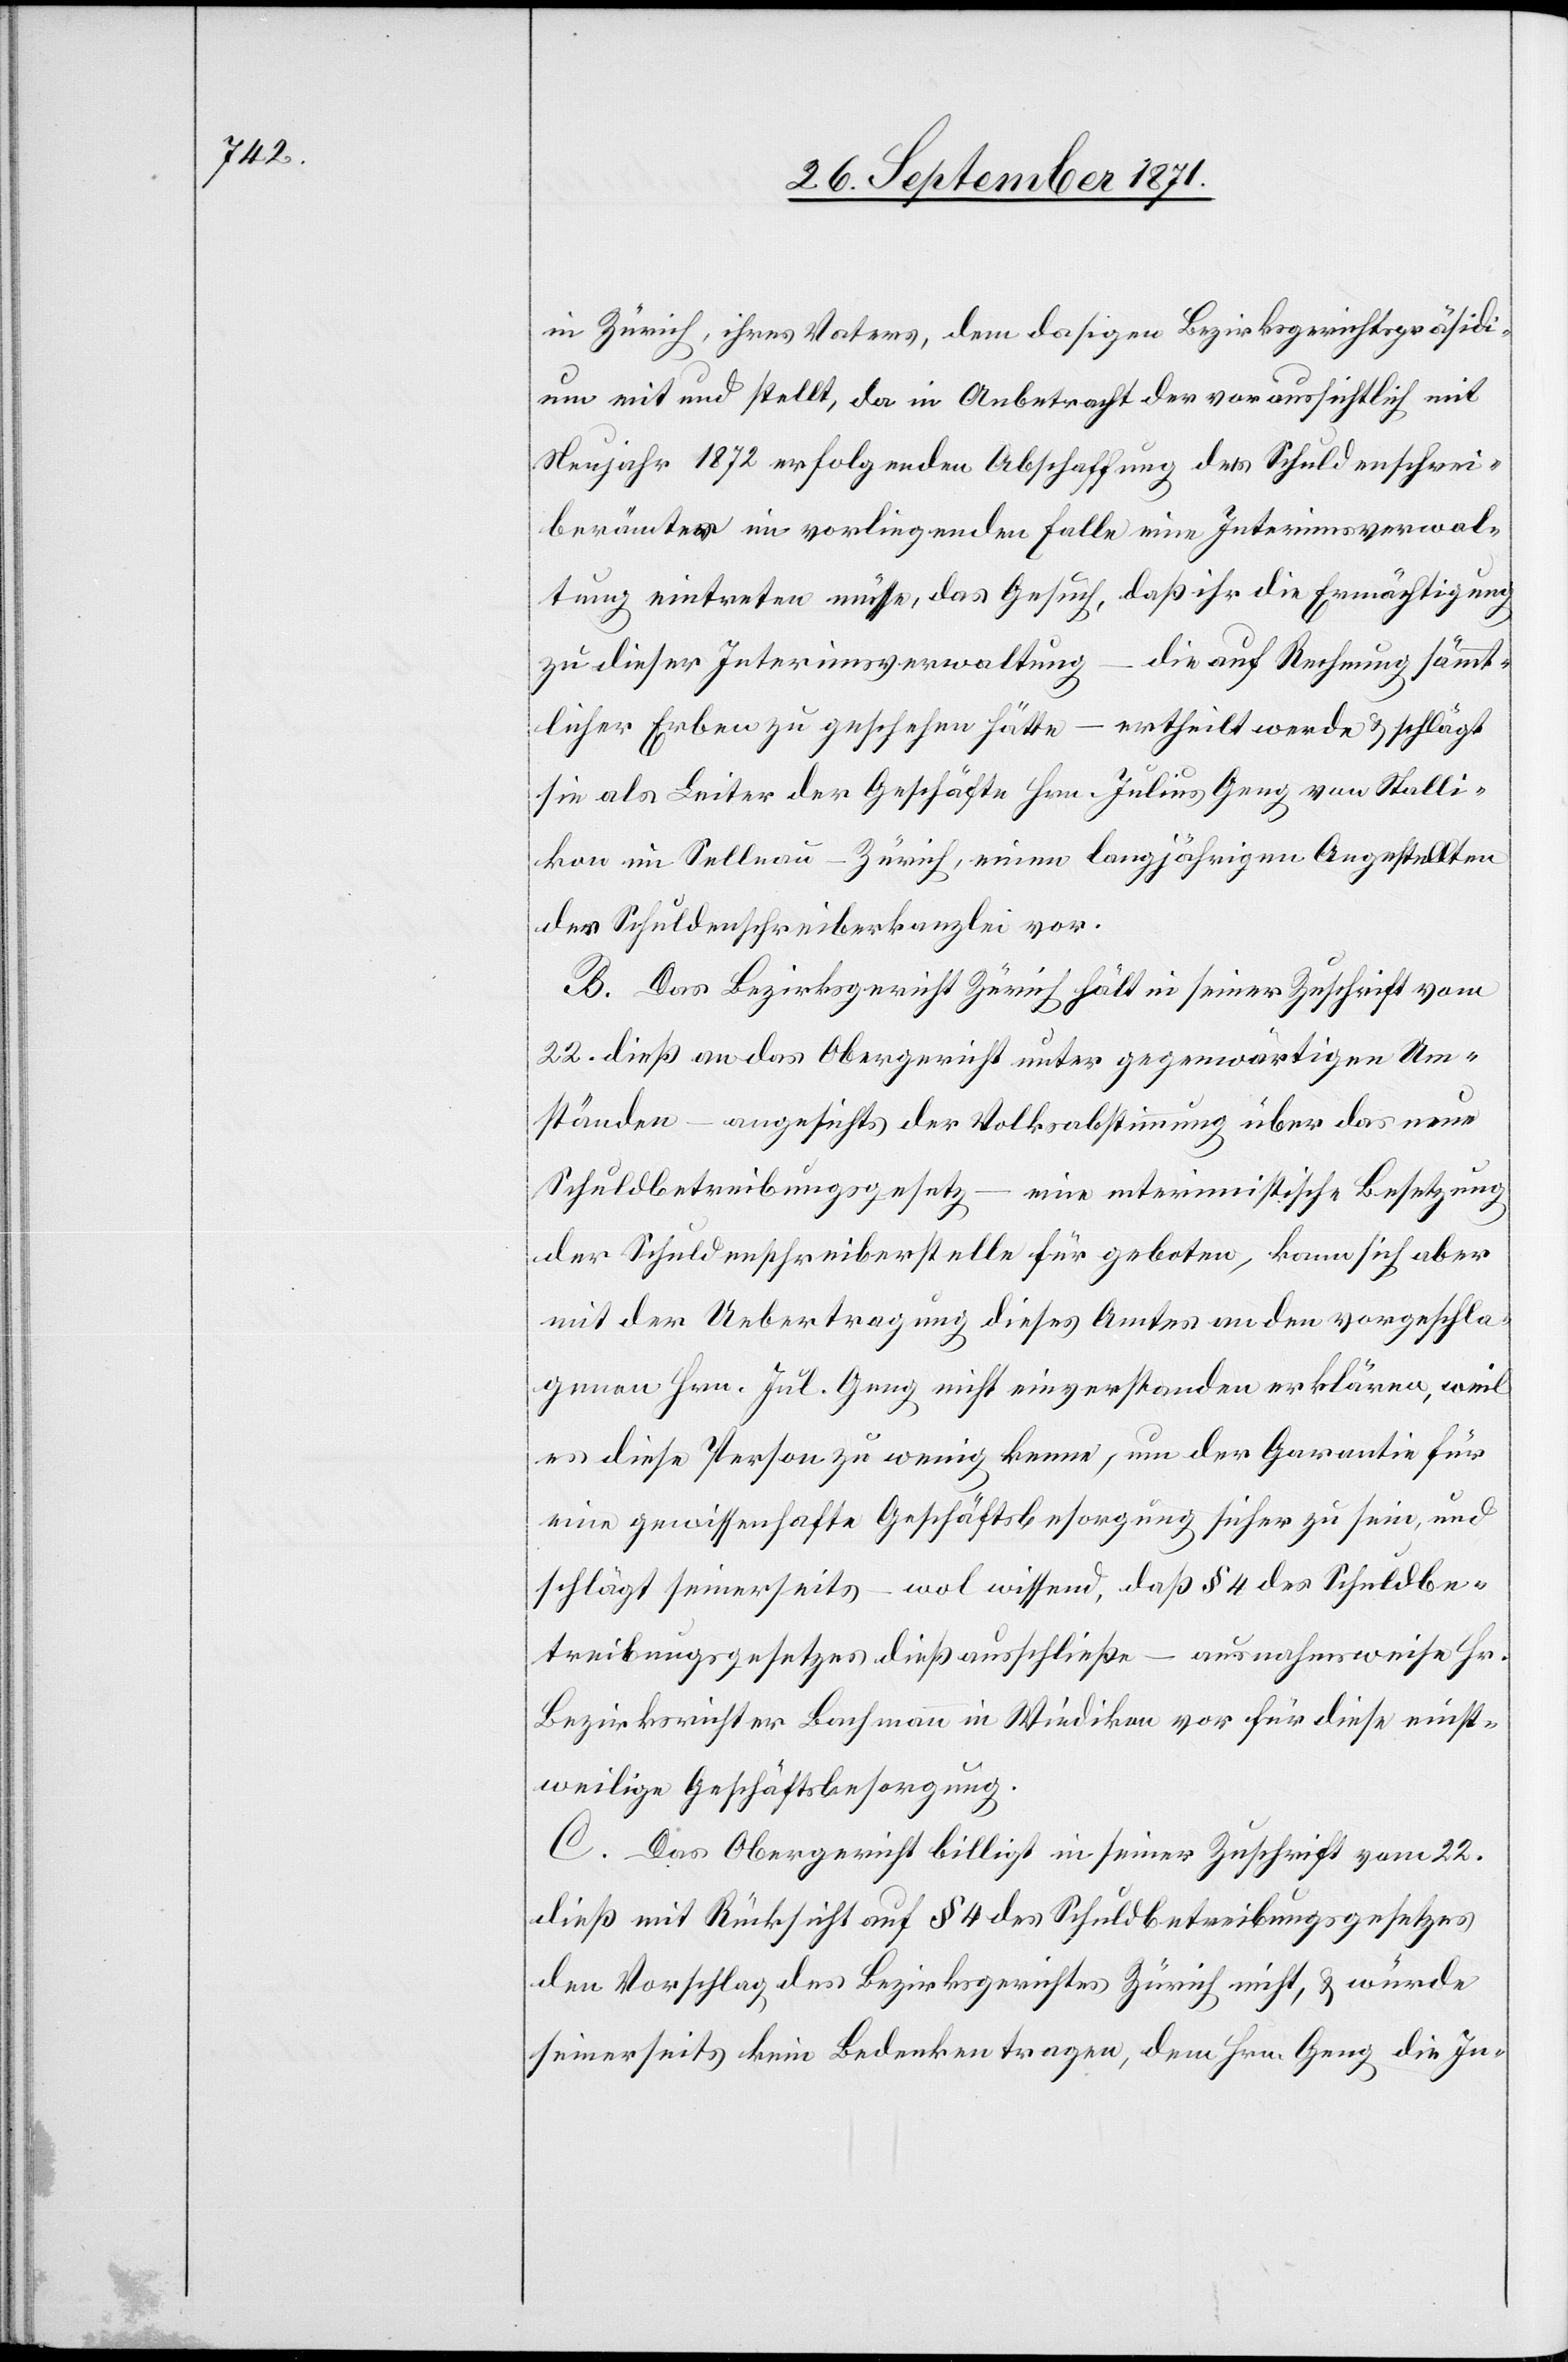
in Zürich, ihres Notars, dem dortigen Bezirksgerichtspräsidium
an] und stellt, da in Anbetracht der voraussichtlich mit
Neujahr 1872 erfolgenden Abschaffung der Schuldenschrei¬
berämter im vorliegenden Falle eine Interimsverwal¬
tung eintreten müsse, das Gesuch, daß ihr die Ermächtigung
zu dieser Interimsverwaltung – die auf Rechnung sämt¬
licher Erben zu geschehen hätte – ertheilt werde & schlägt
sie als Leiter der Geschäfte Hrn. Julius Geng von Stalli¬
kon in Sellnau-Zürich, einen langjährigen Angestellten
der Schuldenschreiberkanzlei vor.
B. Das Bezirksgericht Zürich hält in seiner Zuschrift vom
22. dieß an das Obergericht unter gegenwärtigen Um¬
ständen – angesichts der Volksabstimmung über das neue
Schuldbetreibungsgesetz – eine interimistische Besetzung
der Schuldenschreiberstelle für geboten, kann sich aber
mit der Uebertragung dieses Amtes an den vorgeschla¬
genen Hrn. J. Geng nicht einverstanden erklären, weil
er diese Person zu wenig kenne, um der Garantie für
eine gewissenhafte Geschäftsbesorgung sicher zu sein, und
schlägt seinerseits – wol wissend, daß § 4 des Schuldbe¬
treibungsgesetzes dieß ausschließe – ausnahmsweise Hr.
Bezirksrichter Bachmann in Wiedikon vor für diese einst¬
weilige Geschäftsbesorgung.
C. Das Obergericht billigt in seiner Zuschrift vom 22.
dieß mit Rücksicht auf § 4 des Schuldbetreibungsgesetzes
den Vorschlag des Bezirksgerichtes Zürich nicht, & würde
seinerseits kein Bedenken tragen, dem Hrn. Geng die In-